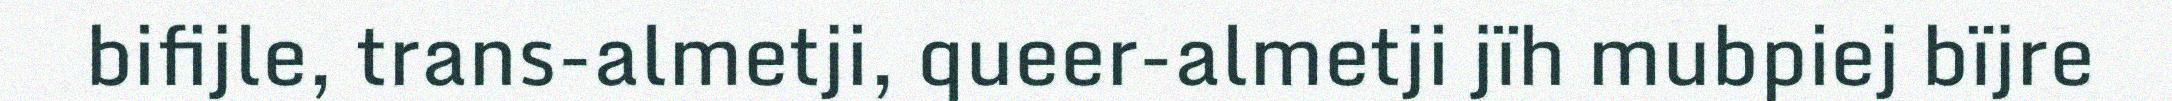
bifijle, trans-almetji, queer-almetji jïh mubpiej bïjre